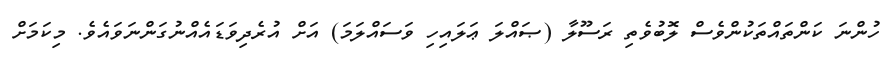
ހުންނަ ކަންތައްތަކުންވެސް ލޮބުވެތި ރަސޫލާ (ޞައްލަ ޢަލައިހި ވަސައްލަމަ) އަށް އުރެދިވަޑައެއްނުގަންނަވައެވެ. މިކަމަށް